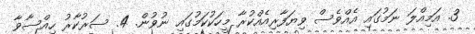
3. އަމިއްލަ ނަމުގައި އެއްވެސް ވިޔަފާރިއެއްކުރާ މީހަކުކަމުގައި ނުވުން. 4. ސަރުކާރު ހިއްސާވާ